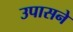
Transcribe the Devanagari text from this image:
उपासने